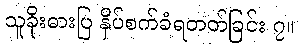
သူခိုးဓားပြ နှိပ်စက်ခံရတတ်ခြင်း ၇။